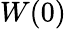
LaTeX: W(0)